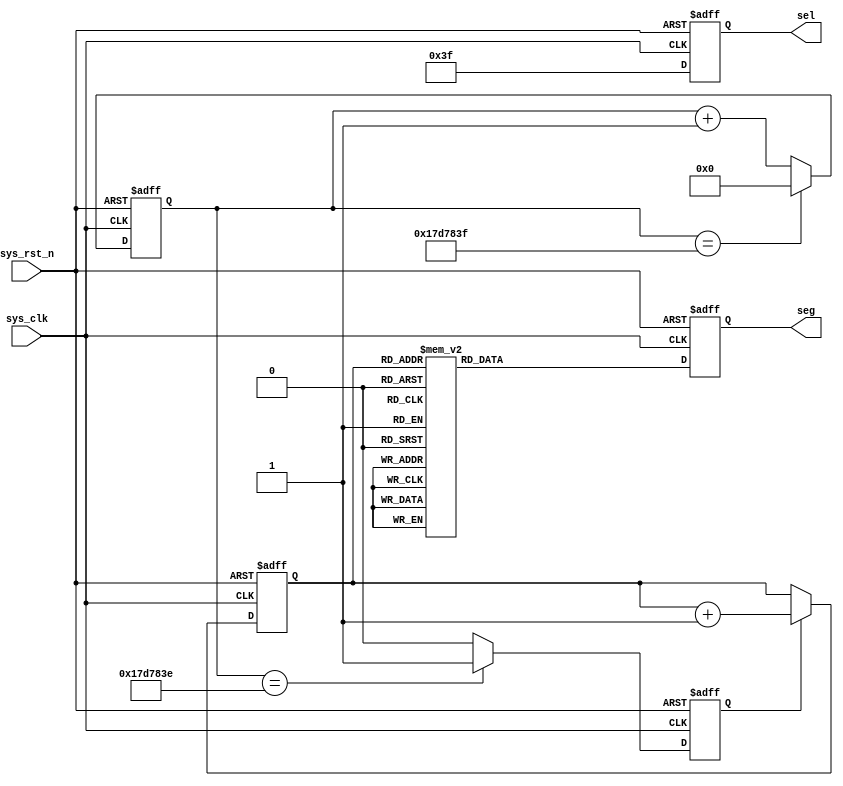
`timescale  1ns/1ns
////////////////////////////////////////////////////////////////////////
// Module Name   : seg7_static
// Project Name  : seg7_static
// Target Devices: Altera EP4CE10F17C8N
// Tool Versions : Quartus 13.0
// Description   : 
//
// Revision      : V1.0
// Additional Comments:
// 
// : _Pro_FPGA
//     : http://www.embedfire.com
//     : http://www.firebbs.cn
//     : https://fire-stm32.taobao.com
////////////////////////////////////////////////////////////////////////

module  seg_static
(
    input   wire            sys_clk     ,   //50MHz
    input   wire            sys_rst_n   ,   //

    output  reg     [5:0]   sel         ,   //
    output  reg     [7:0]   seg             //
);

//********************************************************************//
//****************** Parameter and Internal Signal *******************//
//********************************************************************//
//parameter define
parameter   CNT_WAIT_MAX  =  25'd24_999_999;   //0.5s
//
parameter   SEG_0 = 8'b1100_0000,   SEG_1 = 8'b1111_1001,
            SEG_2 = 8'b1010_0100,   SEG_3 = 8'b1011_0000,
            SEG_4 = 8'b1001_1001,   SEG_5 = 8'b1001_0010,
            SEG_6 = 8'b1000_0010,   SEG_7 = 8'b1111_1000,
            SEG_8 = 8'b1000_0000,   SEG_9 = 8'b1001_0000,
            SEG_A = 8'b1000_1000,   SEG_B = 8'b1000_0011,
            SEG_C = 8'b1100_0110,   SEG_D = 8'b1010_0001,
            SEG_E = 8'b1000_0110,   SEG_F = 8'b1000_1110;
parameter   IDLE  = 8'b1111_1111;   //

//reg   define
reg             add_flag    ;   //+1
reg     [24:0]  cnt_wait    ;   //
reg     [3:0]   num         ;   //

//********************************************************************//
//*************************** Main Code ******************************//
//********************************************************************//
//cnt_wait0.5
always@(posedge sys_clk or  negedge sys_rst_n)
    if(sys_rst_n == 1'b0)
        cnt_wait    <=  25'd0;
    else    if(cnt_wait == CNT_WAIT_MAX)
        cnt_wait    <=  25'd0;
    else
        cnt_wait    <=  cnt_wait + 1'b1;

//add_flag:0.5s
always@(posedge sys_clk or  negedge sys_rst_n)
    if(sys_rst_n == 1'b0)
        add_flag    <=  1'b0;
    else    if(cnt_wait == CNT_WAIT_MAX - 1)
        add_flag    <=  1'b1;
    else
        add_flag    <=  1'b0;

//num 4'h0  4'hf 
always@(posedge sys_clk or  negedge sys_rst_n)
    if(sys_rst_n == 1'b0)
        num <=  4'd0;
    else    if(add_flag == 1'b1)
        num <=  num + 1'b1;
    else
        num <=  num;

//sel
always@(posedge sys_clk or  negedge sys_rst_n)
    if(sys_rst_n == 1'b0)
        sel <=  6'b000000;
    else
        sel <=  6'b111111;

//
always@(posedge sys_clk or  negedge sys_rst_n)
    if(sys_rst_n == 1'b0)
        seg    <=  IDLE;
    else    case(num)
        4'd0:   seg    <=  SEG_0;
        4'd1:   seg    <=  SEG_1;
        4'd2:   seg    <=  SEG_2;
        4'd3:   seg    <=  SEG_3;
        4'd4:   seg    <=  SEG_4;
        4'd5:   seg    <=  SEG_5;
        4'd6:   seg    <=  SEG_6;
        4'd7:   seg    <=  SEG_7;
        4'd8:   seg    <=  SEG_8;
        4'd9:   seg    <=  SEG_9;
        4'd10:  seg    <=  SEG_A;
        4'd11:  seg    <=  SEG_B;
        4'd12:  seg    <=  SEG_C;
        4'd13:  seg    <=  SEG_D;
        4'd14:  seg    <=  SEG_E;
        4'd15:  seg    <=  SEG_F;
        default:seg    <=  IDLE ;  //
    endcase

endmodule